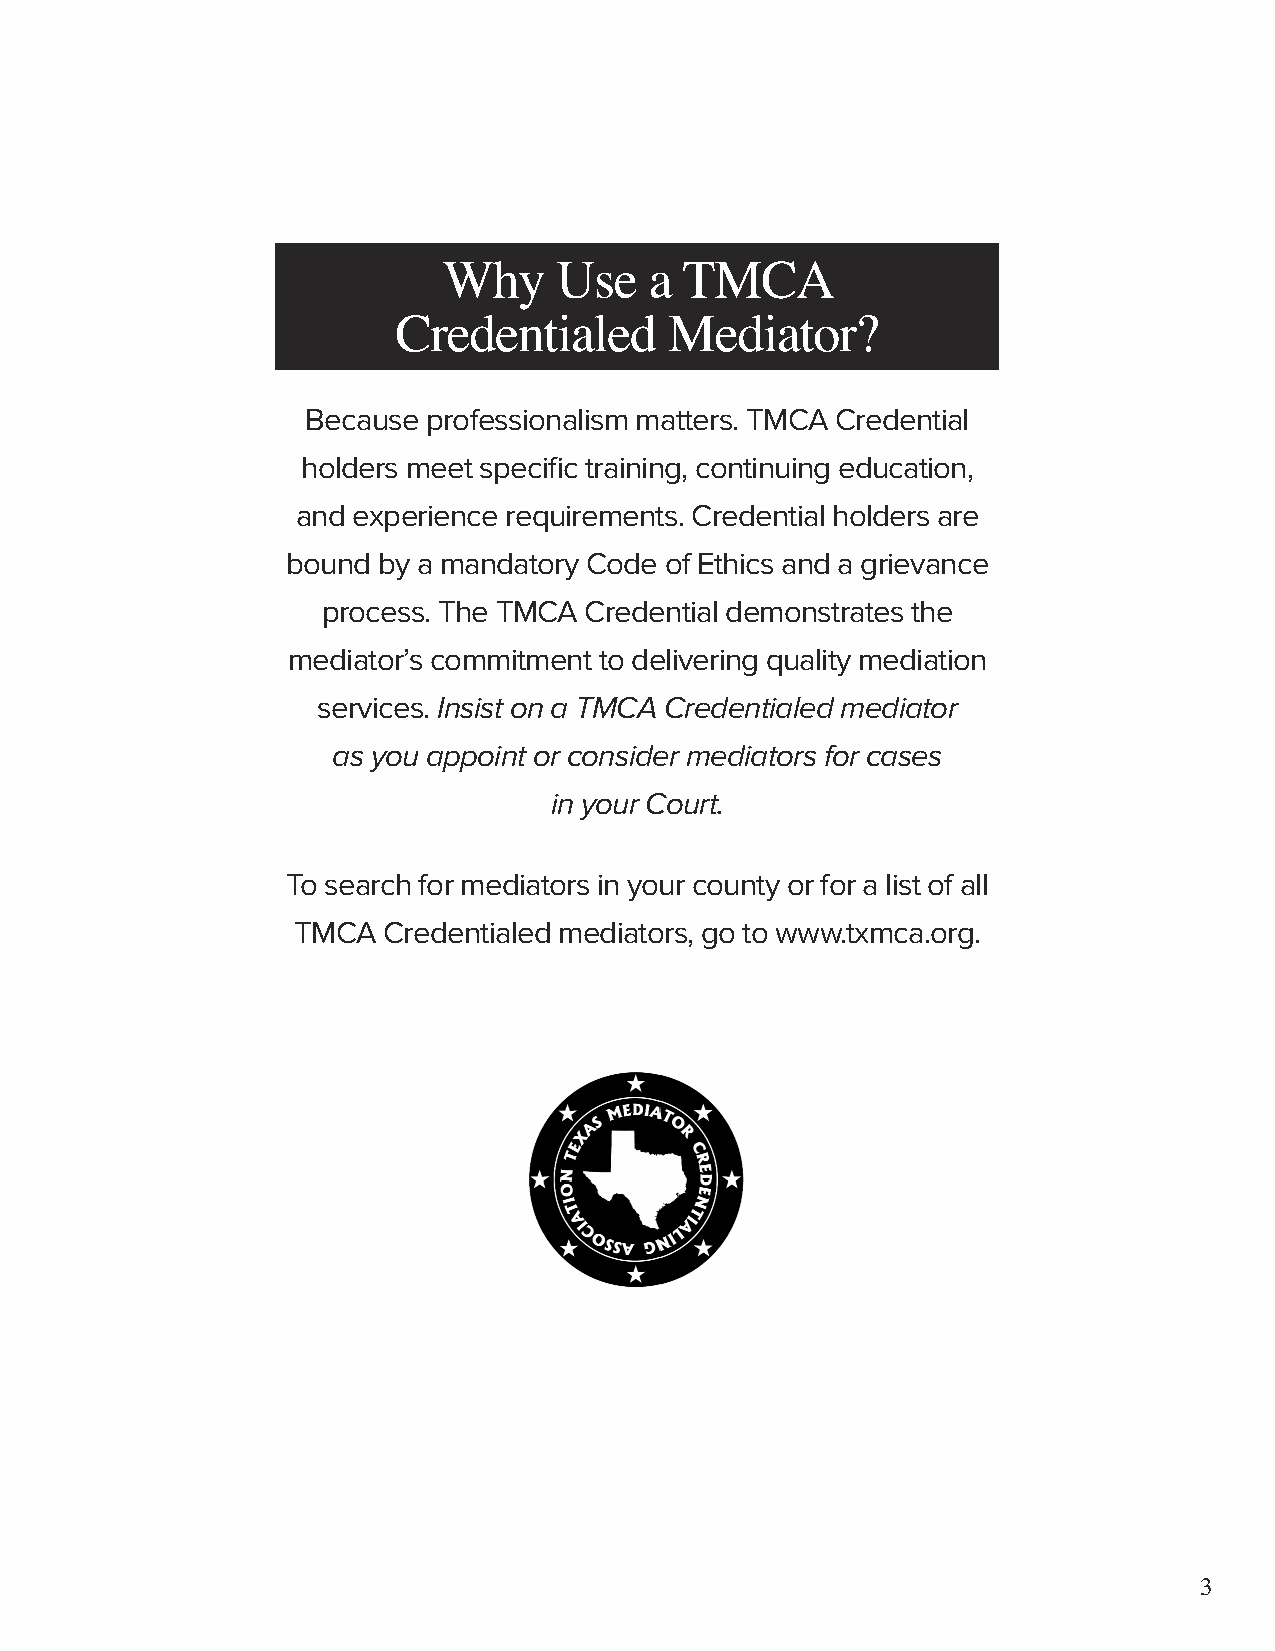
Why     Use   a TMCA
 Credentialed      Mediator?
 Because professionalism matters. TMCA Credential
 holders meet specific training, continuing education,
 and experience requirements. Credential holders are
 bound by a mandatory Code of Ethics and a grievance
 process. The TMCA Credential demonstrates the
 mediator’s commitment to delivering quality mediation
 services. Insist on a TMCA Credentialed mediator
 as you appoint or consider mediators for cases
 in your Court.
 To search for mediators in your county or for a list of all
 TMCA  Credentialed mediators, go to www.txmca.org.
 3